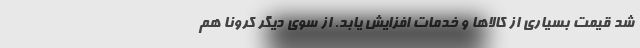
شد قیمت بسیاری از کالاها و خدمات افزایش یابد. از سوی دیگر کرونا هم